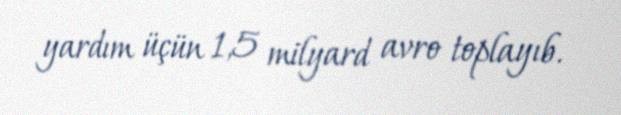
yardım üçün 1,5 milyard avro toplayıb.